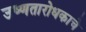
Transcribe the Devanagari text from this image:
उष्णतारोधकाचे